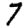
Digit: 7